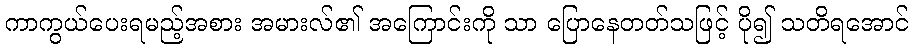
ကာကွယ်ပေးရမည့်အစား အမားလ်၏ အကြောင်းကို သာ ပြောနေတတ်သဖြင့် ပို၍ သတိရအောင်